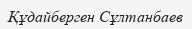
Құдайберген Сұлтанбаев